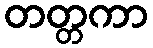
တတ္တကာ